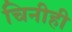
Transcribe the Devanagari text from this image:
चिनीही